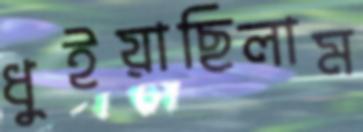
ধুইয়াছিলাম